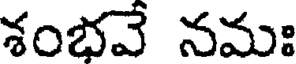
శంభవే నమః